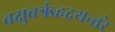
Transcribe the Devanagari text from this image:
चक्षुबरृहद्रथन्तरे